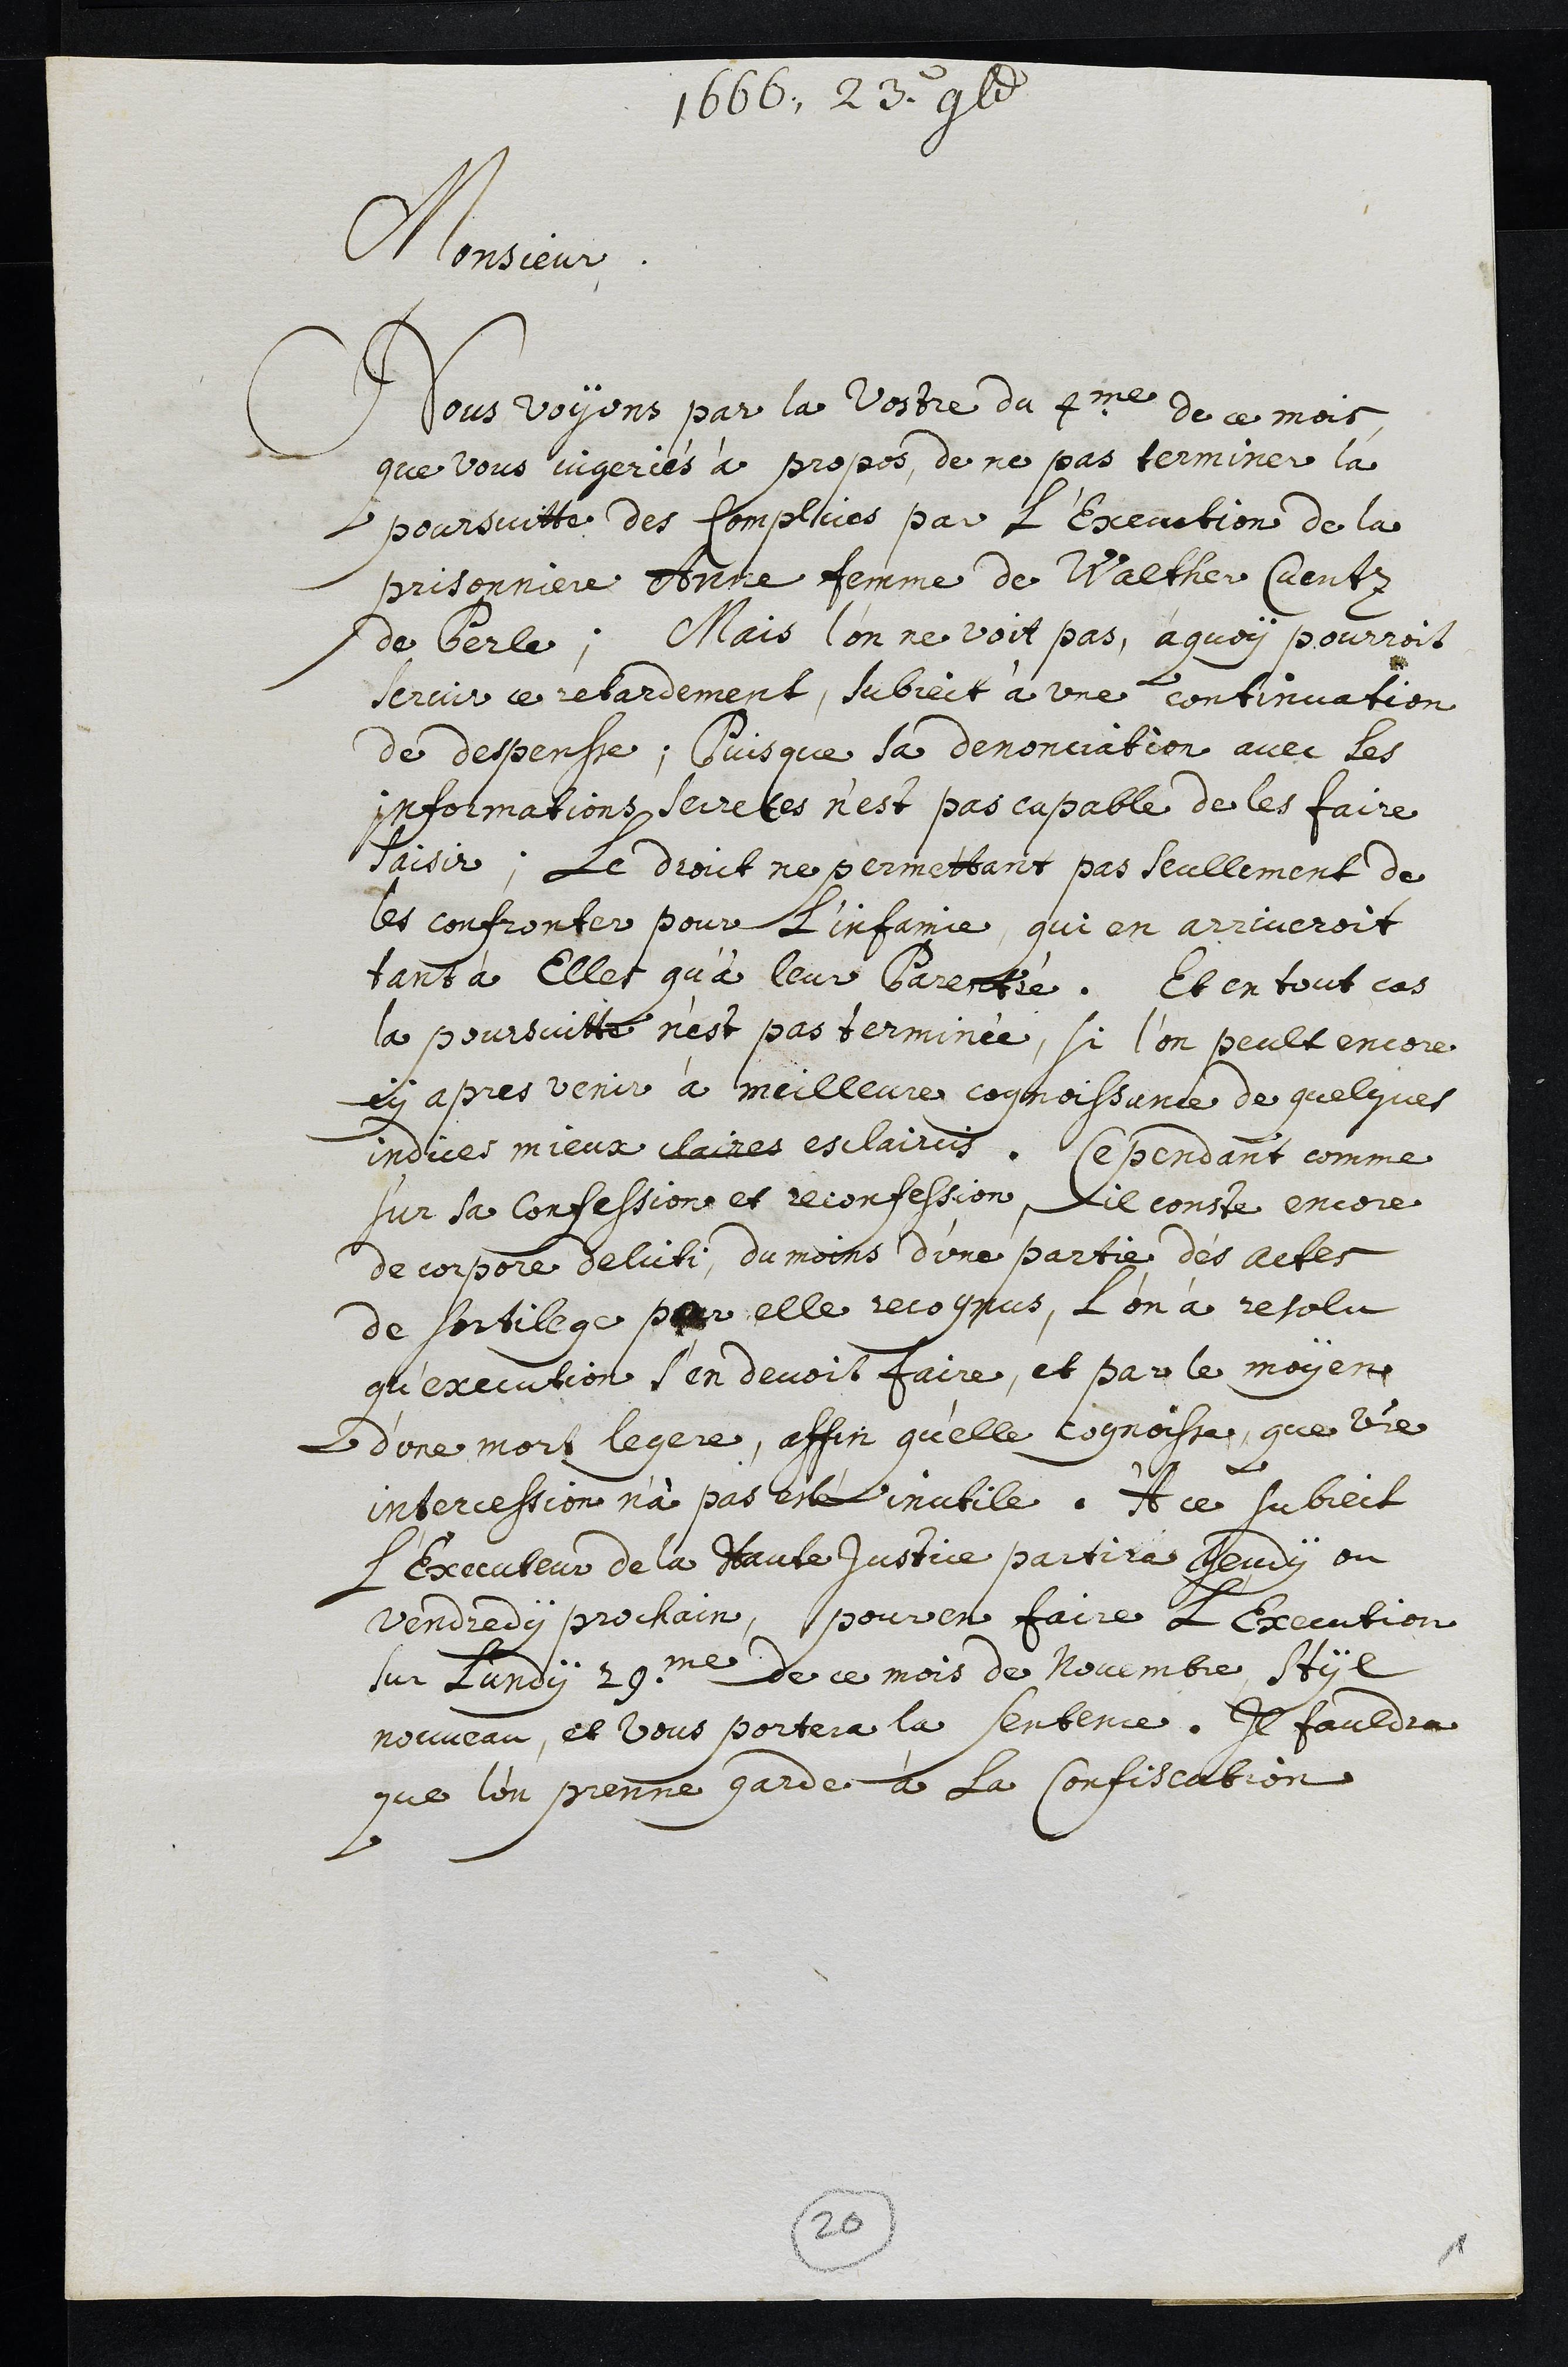
1666. 23. 9bre
Monsieur
Nous voyons par la vostre du 4me de ce mois
que vous jugeriés à propos, de ne pas terminer la
poursuitte des Complices par l’Execution de la
prisonniere Anne femme de Walther Cuentz
de Perle; Mais l’on ne voit pas, à quoy pourroit
servir ce retardement, subject à une continuation
de despensse; Puisque sa denonciation avec les
Informations secretes n’est pas capable de les faire
saisir; Le droict ne permettant pas seullement de
les confronter pour l’infamie, qui en arriveroit
tant à Elles qu'à leur Parenté. Et en tout cas
la poursuitte n’est pas terminée, si l’on peult encore
cy apres venir à meilleure cognoissance de quelques
indices mieux claires esclaircis. Cependant comme
sur sa Confession et reconfession,il conste encore
de corpore delicti, du moins d’une partie des actes
de sortilege par elle recognus, l’on à resolu
qu’execution s’en devoit faire, et par le moyen
d’une mort legere, affin qu'elle cognoisse, que votre
intercession n'a pas esté inutile. A ce subject
l’Executeur de la Haute Justice partira jeudy ou
Vendredy prochain, pour en faire L'Execution
sur Lundi 29me de ce mois de Novembre, Styl
nouveau, et vous portera la sentence . Il fauldra
que l’on prenne garde à la Confiscation
20
1